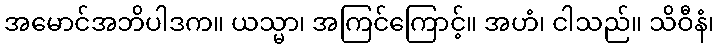
အမောင်အဘိပါဒက။ ယသ္မာ၊ အကြင်ကြောင့်။ အဟံ၊ ငါသည်။ သိဝီနံ၊